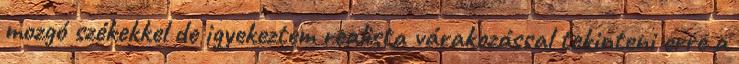
mozgó székekkel de igyekeztem realista várakozással tekinteni erre a